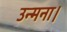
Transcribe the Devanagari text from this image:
उन्मना।